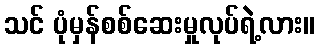
သင် ပုံမှန်စစ်ဆေးမှုလုပ်ရဲ့လား။